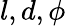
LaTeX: l,d,\phi